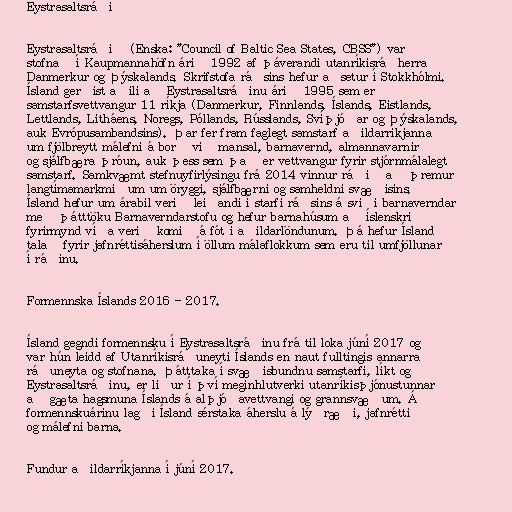
Eystrasaltsráðið

Eystrasaltsráðið (Enska: "Council of Baltic Sea States, CBSS") var
stofnað í Kaupmannahöfn árið 1992 af þáverandi utanríkisráðherra
Danmerkur og Þýskalands. Skrifstofa ráðsins hefur aðsetur í Stokkhólmi.
Ísland gerðist aðili að Eystrasaltsráðinu árið 1995 sem er
samstarfsvettvangur 11 ríkja (Danmerkur, Finnlands, Íslands, Eistlands,
Lettlands, Litháens, Noregs, Póllands, Rússlands, Svíþjóðar og Þýskalands,
auk Evrópusambandsins). Þar fer fram faglegt samstarf aðildarríkjanna
um fjölbreytt málefni á borð við mansal, barnavernd, almannavarnir
og sjálfbæra þróun, auk þess sem það er vettvangur fyrir stjórnmálalegt
samstarf. Samkvæmt stefnuyfirlýsingu frá 2014 vinnur ráðið að þremur
langtímamarkmiðum um öryggi, sjálfbærni og samheldni svæðisins.
Ísland hefur um árabil verið leiðandi í starfi ráðsins á sviði barnaverndar
með þátttöku Barnaverndarstofu og hefur barnahúsum að íslenskri
fyrirmynd víða verið komið á fót í aðildarlöndunum. Þá hefur Ísland
talað fyrir jafnréttisáherslum í öllum málaflokkum sem eru til umfjöllunar
í ráðinu.

Formennska Íslands 2016 - 2017.

Ísland gegndi formennsku í Eystrasaltsráðinu frá til loka júní 2017 og
var hún leidd af Utanríkisráðuneyti Íslands en naut fulltingis annarra
ráðuneyta og stofnana. Þátttaka í svæðisbundnu samstarfi, líkt og
Eystrasaltsráðinu, er liður í því meginhlutverki utanríkisþjónustunnar
að gæta hagsmuna Íslands á alþjóðavettvangi og grannsvæðum. Á
formennskuárinu lagði Ísland sérstaka áherslu á lýðræði, jafnrétti
og málefni barna.

Fundur aðildarríkjanna í júní 2017.